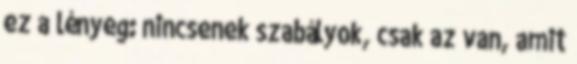
ez a lényeg: nincsenek szabályok, csak az van, amit